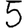
Digit: 5